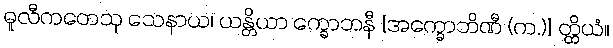
ဓူလီကတေသု သေနာယ၊ ယန္တိယာ က္ခောဘနီ [အက္ခောဘိဏီ (က.)] တ္ထိယံ။